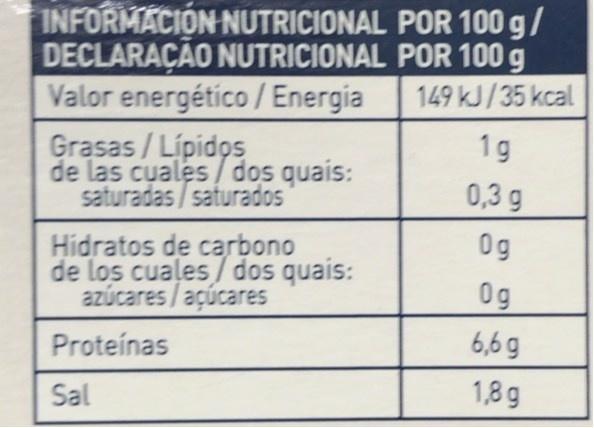
INFORMACION NUTRICIONAL POR 100 g/ DECLARAÇÃO NUTRICIONAL POR 100 g Valor energético / Energia
149 kJ/35 kcal
Grasas /Lipidos de las cuales/ dos quais: saturadas / saturados
1g
0,3 g
Hidratos de carbono de los cuales/ dos quais: azúcares /açúcares
0g
0g
Proteínas
6,6 g
Sal
1,8 g